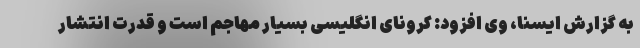
به گزارش ایسنا، وی افزود: کرونای انگلیسی بسیار مهاجم است و قدرت انتشار